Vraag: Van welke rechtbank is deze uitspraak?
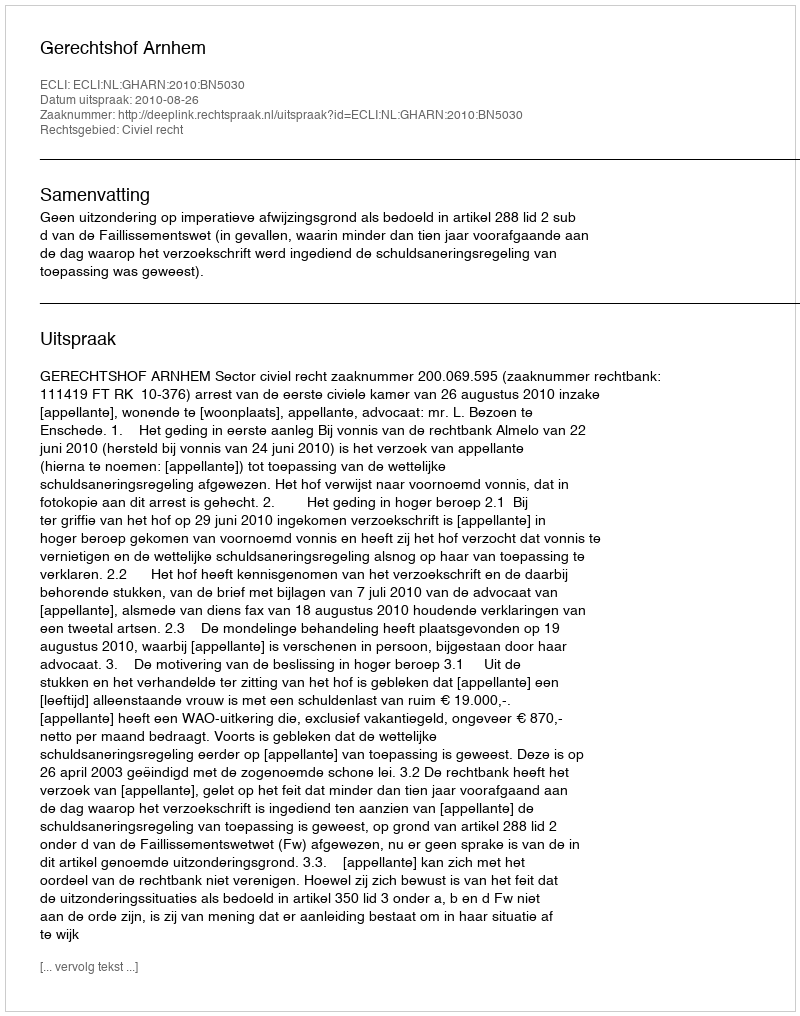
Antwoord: Gerechtshof Arnhem